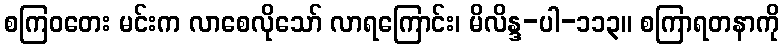
စကြဝတေး မင်းက လာစေလိုသော် လာရကြောင်း၊ မိလိန္ဒ-ပါ-၁၁၃။ စကြာရတနာကို